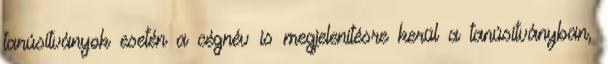
tanúsítványok esetén a cégnév is megjelenítésre kerül a tanúsítványban,